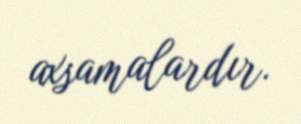
axsamalardır.